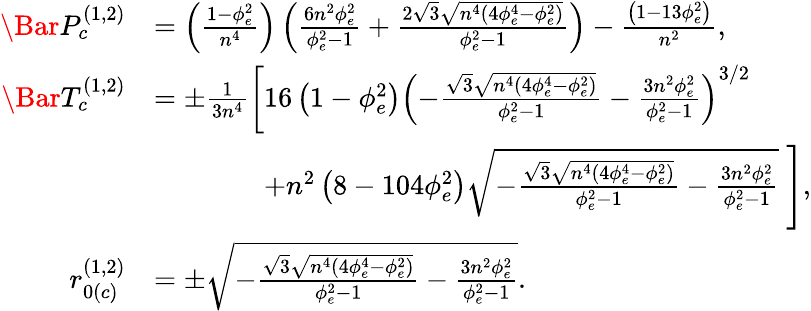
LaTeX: \begin{array}{rl}{\Bar{P}_{c}^{(1,2)}}&{=\left(\frac{1-\phi_{e}^{2}}{n^{4}}\right)\left(\frac{6n^{2}\phi_{e}^{2}}{\phi_{e}^{2}-1}+\frac{2\sqrt{3}\sqrt{n^{4}\left(4\phi_{e}^{4}-\phi_{e}^{2}\right)}}{\phi_{e}^{2}-1}\right)-\frac{\left(1-13\phi_{e}^{2}\right)}{n^{2}},}\\ {\Bar{T}_{c}^{(1,2)}}&{=\pm\frac{1}{3n^{4}}\left[16\left(1-\phi_{e}^{2}\right)\left(-\frac{\sqrt{3}\sqrt{n^{4}\left(4\phi_{e}^{4}-\phi_{e}^{2}\right)}}{\phi_{e}^{2}-1}-\frac{3n^{2}\phi_{e}^{2}}{\phi_{e}^{2}-1}\right)^{3/2}\right.}\\ &{\; \; \; \; \; \; \; \; \; \; \; \; \; \; \left.+n^{2}\left(8-104\phi_{e}^{2}\right)\sqrt{-\frac{\sqrt{3}\sqrt{n^{4}\left(4\phi_{e}^{4}-\phi_{e}^{2}\right)}}{\phi_{e}^{2}-1}-\frac{3n^{2}\phi_{e}^{2}}{\phi_{e}^{2}-1}}\; \right],}\\ {r_{0(c)}^{(1,2)}}&{=\pm\sqrt{-\frac{\sqrt{3}\sqrt{n^{4}\left(4\phi_{e}^{4}-\phi_{e}^{2}\right)}}{\phi_{e}^{2}-1}-\frac{3n^{2}\phi_{e}^{2}}{\phi_{e}^{2}-1}}.}\end{array}